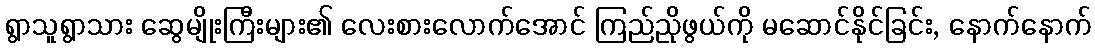
ရွာသူရွာသား ဆွေမျိုးကြီးများ၏ လေးစားလောက်အောင် ကြည်ညိုဖွယ်ကို မဆောင်နိုင်ခြင်း, နောက်နောက်